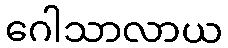
ဂေါသာလာယ